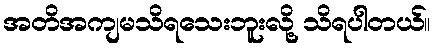
အတိအကျမသိရသေးဘူးလို့ သိရပါတယ်။